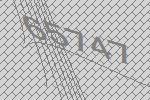
65747